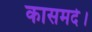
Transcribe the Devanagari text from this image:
कासमर्द।